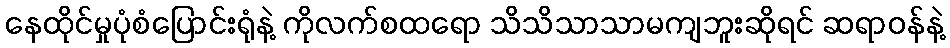
နေထိုင်မှုပုံစံပြောင်းရုံနဲ့ ကိုလက်စထရော သိသိသာသာမကျဘူးဆိုရင် ဆရာဝန်နဲ့